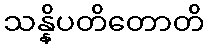
သန္နိပတိတောတိ